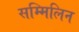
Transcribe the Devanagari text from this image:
सम्मिलिन